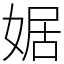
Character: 婮